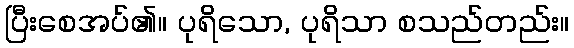
ပြီးစေအပ်၏။ ပုရိသော, ပုရိသာ စသည်တည်း။